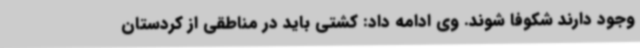
وجود دارند شکوفا شوند. وی ادامه داد: کشتی باید در مناطقی از کردستان